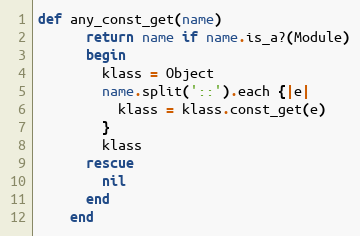
Language: Ruby
def any_const_get(name)
      return name if name.is_a?(Module)
      begin
        klass = Object
        name.split('::').each {|e|
          klass = klass.const_get(e)
        }
        klass
      rescue
        nil
      end
    end